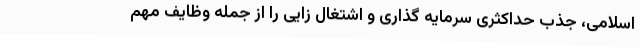
اسلامی، جذب حداکثری سرمایه گذاری و اشتغال زایی را از جمله وظایف مهم